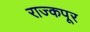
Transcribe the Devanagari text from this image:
राज्कपूर